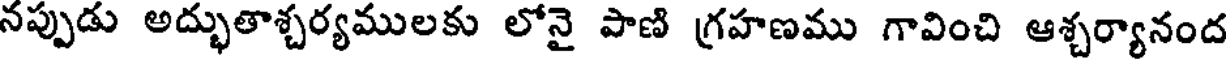
నప్పుడు అద్భుతాశ్చర్యములకు లోనై పాణి గ్రహణము గావించి ఆశ్చర్యానంద